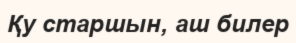
Қу старшын, аш билер